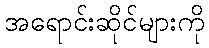
အရောင်းဆိုင်များကို